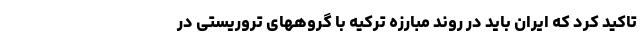
تاکید کرد که ایران باید در روند مبارزه ترکیه با گروههای تروریستی در